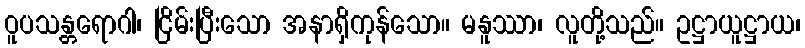
ဝူပသန္တရောဂါ၊ ငြိမ်းပြီးသော အနာရှိကုန်သော။ မနူဿာ၊ လူတို့သည်။ ဥဋ္ဌာယူဋ္ဌာယ၊